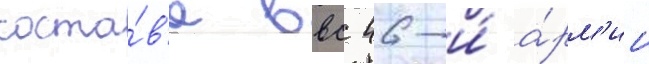
соста́в'е ввс 46-и́ а́рм'ии